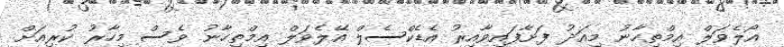
އޯލެވަލް އިމްތިހާނު މިއަދު ފަށާފައިވާއިރު އެޑެކްސެލް އޭލެވަލް އިމްތިހާނު ވެސް މިހާރު ކުރިއަށް